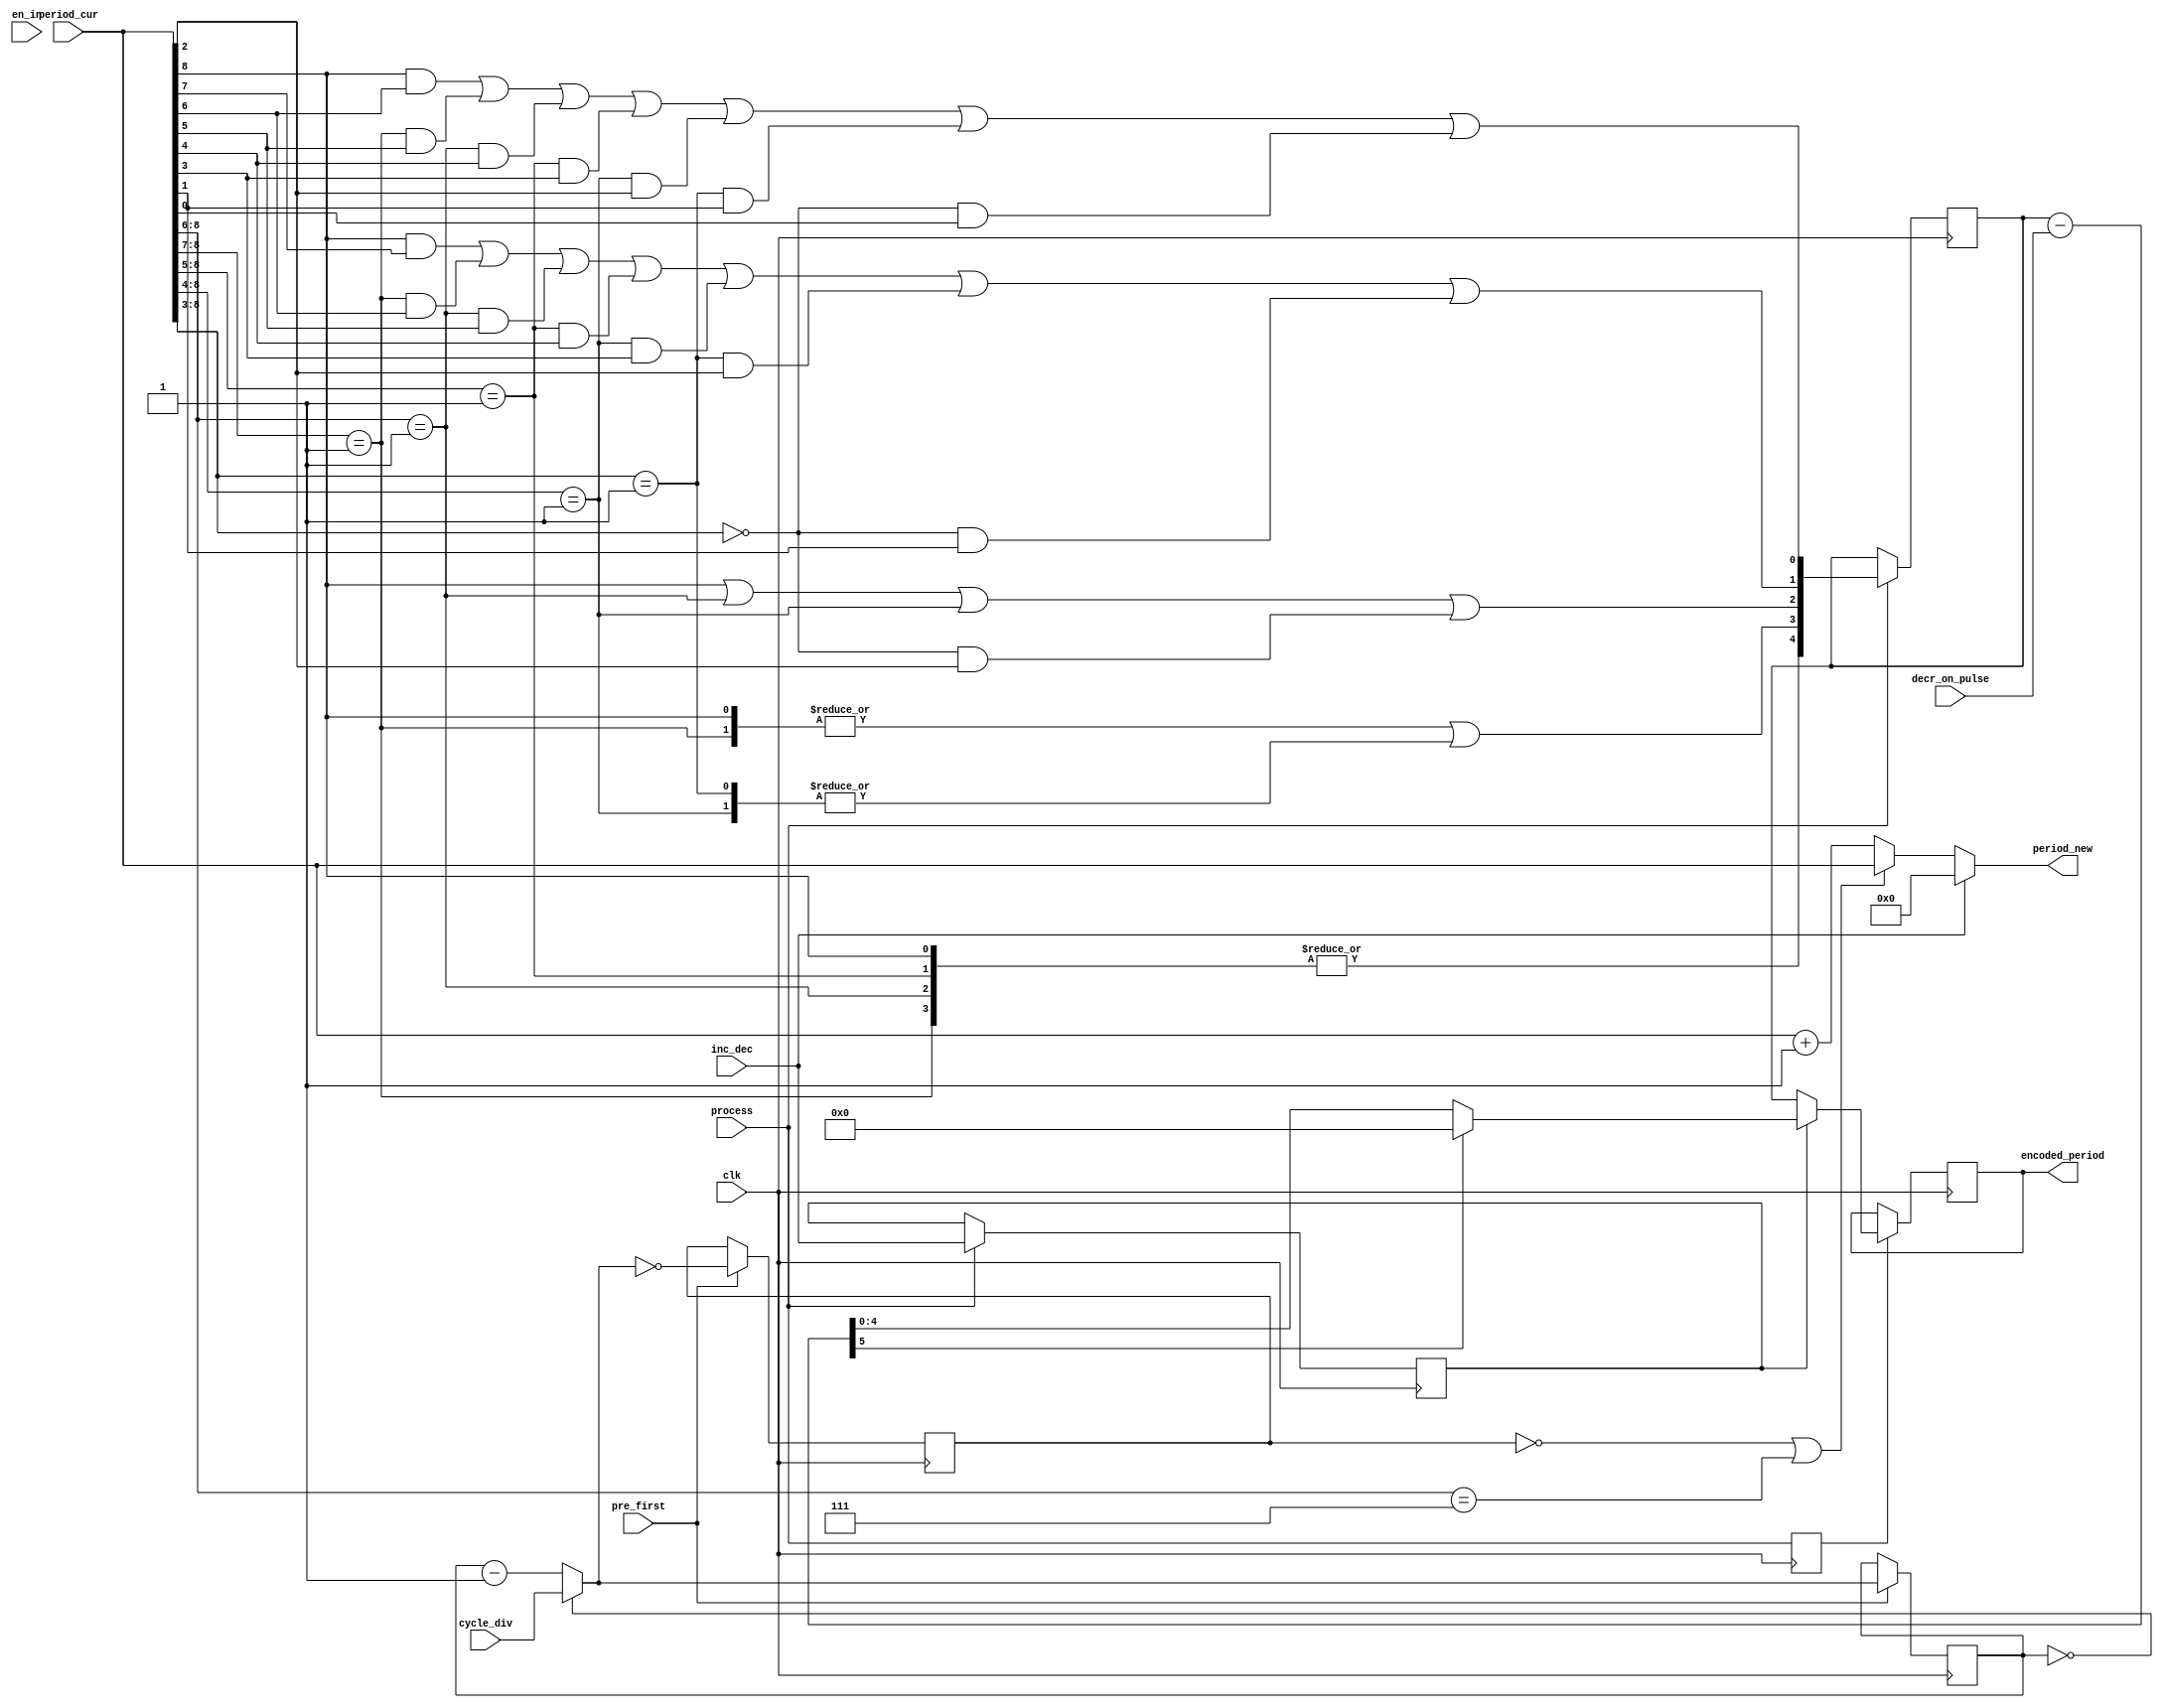
module period_encoder (clk,           
                       en_in,         
                       pre_first,     
                       process,       
                       inc_dec,       
                       cycle_div,     
                       decr_on_pulse, 
                       period_cur,    
                       period_new,    
                       encoded_period 
                      );
 parameter IGNORE_EN=1;
 input         clk;            
 input         en_in;          
 input         process;        
 input         pre_first;      
 input         inc_dec;        
 input  [11:0] cycle_div;      
 input   [4:0] decr_on_pulse;  
 input   [8:0] period_cur;     
 output  [8:0] period_new;     
 output  [4:0] encoded_period; 
 wire          en=(IGNORE_EN)?1'b1:en_in; 
 reg    [11:0] prescaler;
 reg           inc_period;
 wire   [8:0]  period_new;
 wire   [6:0]  pri_enc;
 reg    [4:0]  pre_enc_per; 
 reg           inc_dec_d;   
 reg    [4:0]  encoded_period;
 wire   [5:0]  decreased_pre_enc_per;
 reg           process_d;
 always @ (posedge clk) if (pre_first) begin 
   prescaler=    (!en || (prescaler==0))?cycle_div:(prescaler-1);
   inc_period=   en && (prescaler==0);
 end
 assign        period_new[8:0]=(inc_dec || !en)?{9{~en}}: 
                               ((!inc_period || (period_cur[8:6]==3'h7))? period_cur[8:0]:(period_cur[8:0]+1));
 assign pri_enc={period_cur[8],
                 (period_cur[8:7]==2'h1),
                 (period_cur[8:6]==3'h1),
                 (period_cur[8:5]==4'h1),
                 (period_cur[8:4]==5'h1),
                 (period_cur[8:3]==6'h1),
                 (period_cur[8:3]==6'h0)};
 always @ (posedge clk) if (process) begin
   pre_enc_per[4:0] <= {|pri_enc[6:3],
                        |pri_enc[6:5] | |pri_enc[2:1],
                         pri_enc[6] | pri_enc[4] |  pri_enc[2] |  (pri_enc[0] & period_cur[2]),
                         (pri_enc[6] & period_cur[7]) |
                         (pri_enc[5] & period_cur[6]) |
                         (pri_enc[4] & period_cur[5]) |
                         (pri_enc[3] & period_cur[4]) |
                         (pri_enc[2] & period_cur[3]) |
                         (pri_enc[1] & period_cur[2]) |
                         (pri_enc[0] & period_cur[1]),
                         (pri_enc[6] & period_cur[6]) |
                         (pri_enc[5] & period_cur[5]) |
                         (pri_enc[4] & period_cur[4]) |
                         (pri_enc[3] & period_cur[3]) |
                         (pri_enc[2] & period_cur[2]) |
                         (pri_enc[1] & period_cur[1]) |
                         (pri_enc[0] & period_cur[0]) };
   inc_dec_d <= inc_dec;
 end
 assign  decreased_pre_enc_per[5:0] = {1'b0,pre_enc_per[4:0]}-{1'b0,decr_on_pulse};
 always @ (posedge clk)  process_d <= process;
 always @ (posedge clk) if (process_d) begin
   encoded_period[4:0] <= inc_dec_d? (decreased_pre_enc_per[5]? 5'h0:decreased_pre_enc_per[4:0]):(pre_enc_per[4:0]);
 end
endmodule